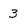
Character: 3